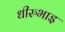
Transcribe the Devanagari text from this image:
धीरुभाइ